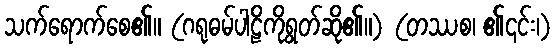
သက်ရောက်စေ၏။ (ဂရုဓမ်ပါဠိကိုရွတ်ဆို၏။) (တဿစ၊ ၏၎င်း၊)